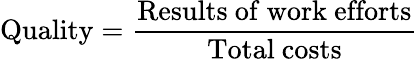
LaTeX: {\mathrm{Quality}}={\frac{\mathrm{Results~of~work~efforts}}{\mathrm{Total~costs}}}